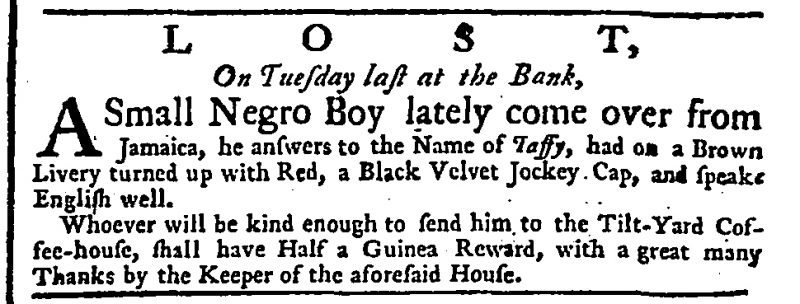
General Advertiser , 30 November 1748 (England)
L     O     S     T,On Tuesday last at the Bank,  A Small Negro Boy lately come over from Jamaica, he answers to the Name of Taffy, had on a Brown Livery turned up with Red, a Black Velvet Jockey Cap, and speaks English well.  Whoever will be kind enough to send him to the Tilt-Yard Coffee-house, shall have Half a Guinea Reward, with a great many Thanks by the Keeper of the aforesaid House.